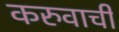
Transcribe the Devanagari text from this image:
करुवाची